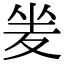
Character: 夎